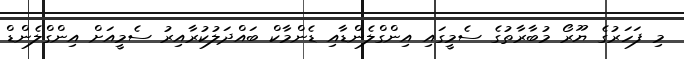
މި ފަހަރުގެ ޔޫރޯ މުބާރާތުގެ ސެމީގައި އިންގްލެންޑާއި ޑެންމާކް ބައްދަލުކުރާއިރު ސެމީއަށް އިންގްލެންޑް